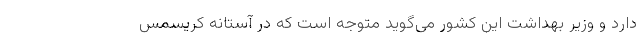
دارد و وزیر بهداشت این کشور می‌گوید متوجه است که در آستانه کریسمس